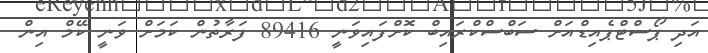
އަދި ޕޯސްޓްޕެއިޑްއަށް ސަބްސްކްރައިބް ކޮށްފައިވަނީ 89416 ފަރާތުން ކަމަށް ވަނީ ކޭމް އިން